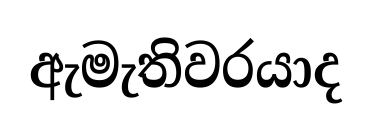
ඇමැතිවරයාද